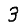
Digit: 3